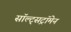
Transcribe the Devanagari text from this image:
सॉल्ट्सट्रॉमेन